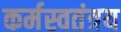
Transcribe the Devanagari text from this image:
कर्मस्वतंत्रय